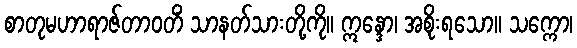
စာတုမဟာရာဇ်တာဝတိံ သာနတ်သားတို့ကို။ ဣန္ဒော၊ အစိုးရသော။ သက္ကော၊